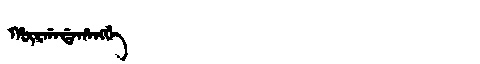
Manchu: ᡥᡡᡵᡤᠠᡩᠠᡥᠠᠩᡤᡝ
Romanization: HŪRGADAHANGGE